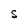
Character: S